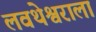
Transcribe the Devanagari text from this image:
लवथेश्वराला